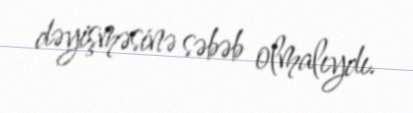
dəyişməsinə səbəb olmalıydı.